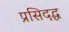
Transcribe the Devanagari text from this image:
प्रसिदद्ध